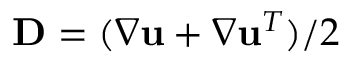
\mathbf { D } = ( \nabla \mathbf { u } + \nabla \mathbf { u } ^ { T } ) / 2